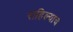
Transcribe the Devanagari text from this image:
राहिल्याच